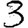
Digit: 3